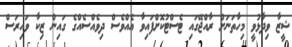
ޝީޒާ ވިދާޅުވީ މިހާތަނަށް ރާއްޖޭގައި ޓެސްޓުކޮށްފައިވާ އެއްވެސް ދިވެއްސެއްގެ ގައިން ޒިކާ ވައިރަސް